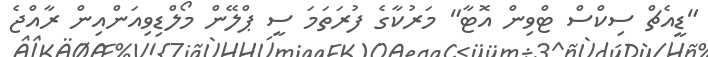
"ޑީއެޗް ސިކްސް ޓްވިން އޮޓާ" މަރުކާގެ ފުރަތަމަ ސީ ޕްލޭން މޯލްޑިވިއަންއިން ރާއްޖެ